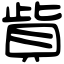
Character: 貲